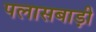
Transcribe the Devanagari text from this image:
पलासबाड़ी